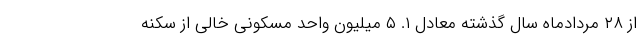
از ۲۸ مردادماه سال گذشته معادل ۱. ۵ میلیون واحد مسکونی خالی از سکنه